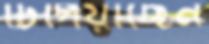
টিপিয়াছেন